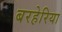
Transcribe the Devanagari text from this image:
बरहेरिया